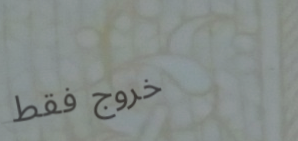
خروج فقط